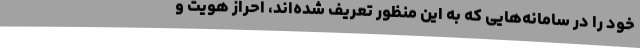
خود را در سامانه‌هایی که به این منظور تعریف شده‌اند، احراز هویت و